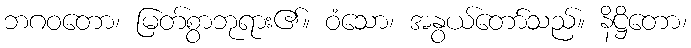
ဘဂဝတော၊ မြတ်စွာဘုရား၏။ ဝံသော၊ အနွယ်တော်သည်။ နိဋ္ဌိတော၊